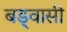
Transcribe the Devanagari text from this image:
बड्वासी